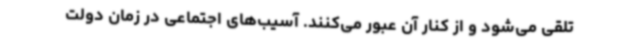
تلقی می‌شود و از کنار آن عبور می‌کنند. آسیب‌های اجتماعی در زمان دولت